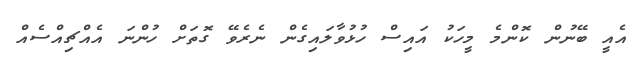
އެއީ ބޭނުން ކޮންމެ މީހަކު އައިސް ހުޅުވާލައިގެން ނެރެވޭ ގޮތަށް ހުންނަ އެއްޗިއްސެއް